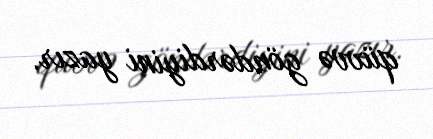
qüvvə göndərdiyini yazır.